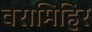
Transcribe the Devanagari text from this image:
वरामिहिर